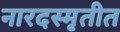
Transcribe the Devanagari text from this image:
नारदस्मृतीत